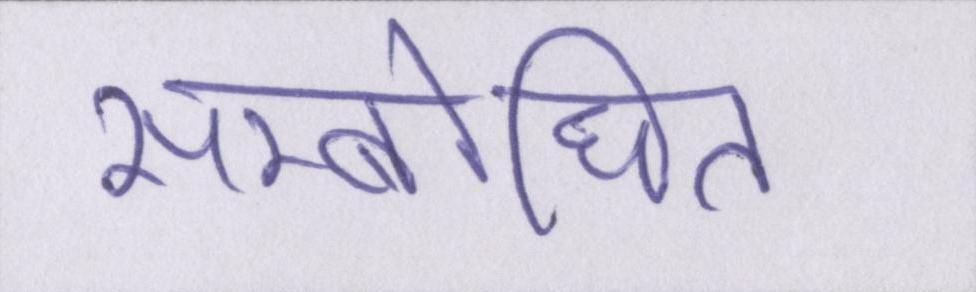
सम्बोधित